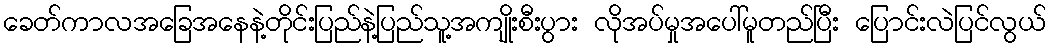
ခေတ်ကာလအခြေအနေနဲ့တိုင်းပြည်နဲ့ပြည်သူ့အကျိုးစီးပွား လိုအပ်မှုအပေါ်မူတည်ပြီး ပြောင်းလဲပြင်လွယ်